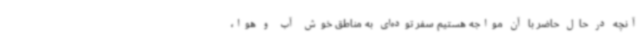
آنچه در حال حاضر با آن مواجه هستیم سفر توده‌ای به مناطق خوش آب و هوا،